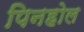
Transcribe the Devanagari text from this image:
पिनहोल